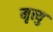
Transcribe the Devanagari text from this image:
मृत्त्यु